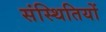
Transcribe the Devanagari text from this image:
संस्थितियों